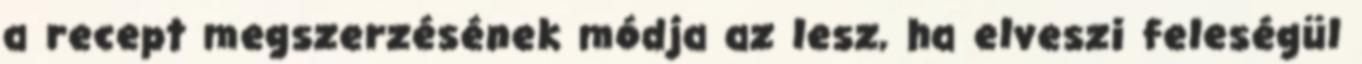
a recept megszerzésének módja az lesz, ha elveszi feleségül